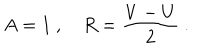
A = 1 \ , \quad R = \frac { V - U } { 2 } \ .